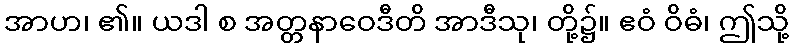
အာဟ၊ ၏။ ယဒါ စ အတ္တနာဝေဒီတိ အာဒီသု၊ တို့၌။ ဧဝံ ဝိဓံ၊ ဤသို့